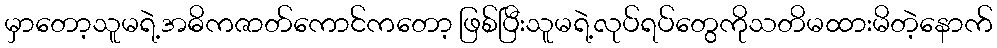
မှာတော့သူမရဲ့အဓိကဇာတ်ကောင်ကတော့ ဖြစ်ပြီးသူမရဲ့လုပ်ရပ်တွေကိုသတိမထားမိတဲ့နောက်